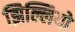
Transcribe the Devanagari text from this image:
झिल्लियो